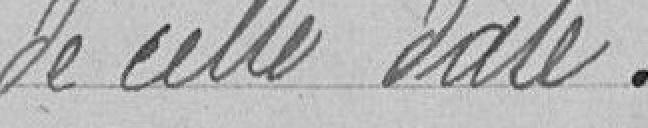
de cette date.